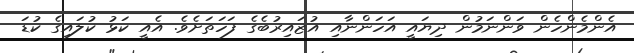
އެންމެންހެން ވަންނަމުން ދިޔައީ އަހަންނާއި އުޒައިރުބެގެ ފަހަތަށެވެ. އެއީ ކަޅު ކުލައިގެ ކުޑަ